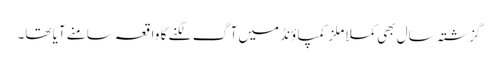
گزشتہ سال بھی کملا ملز کمپاؤنڈ میں آگ لگنے کا واقعہ سامنے آیا تھا۔